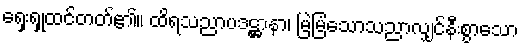
ရှေးရှုထင်တတ်၏။ ထိရသညာပဒဋ္ဌာနာ၊ မြဲမြံသောသညာလျှင်နီးစွာသော